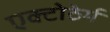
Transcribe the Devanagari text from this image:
एक्टोठेर्म